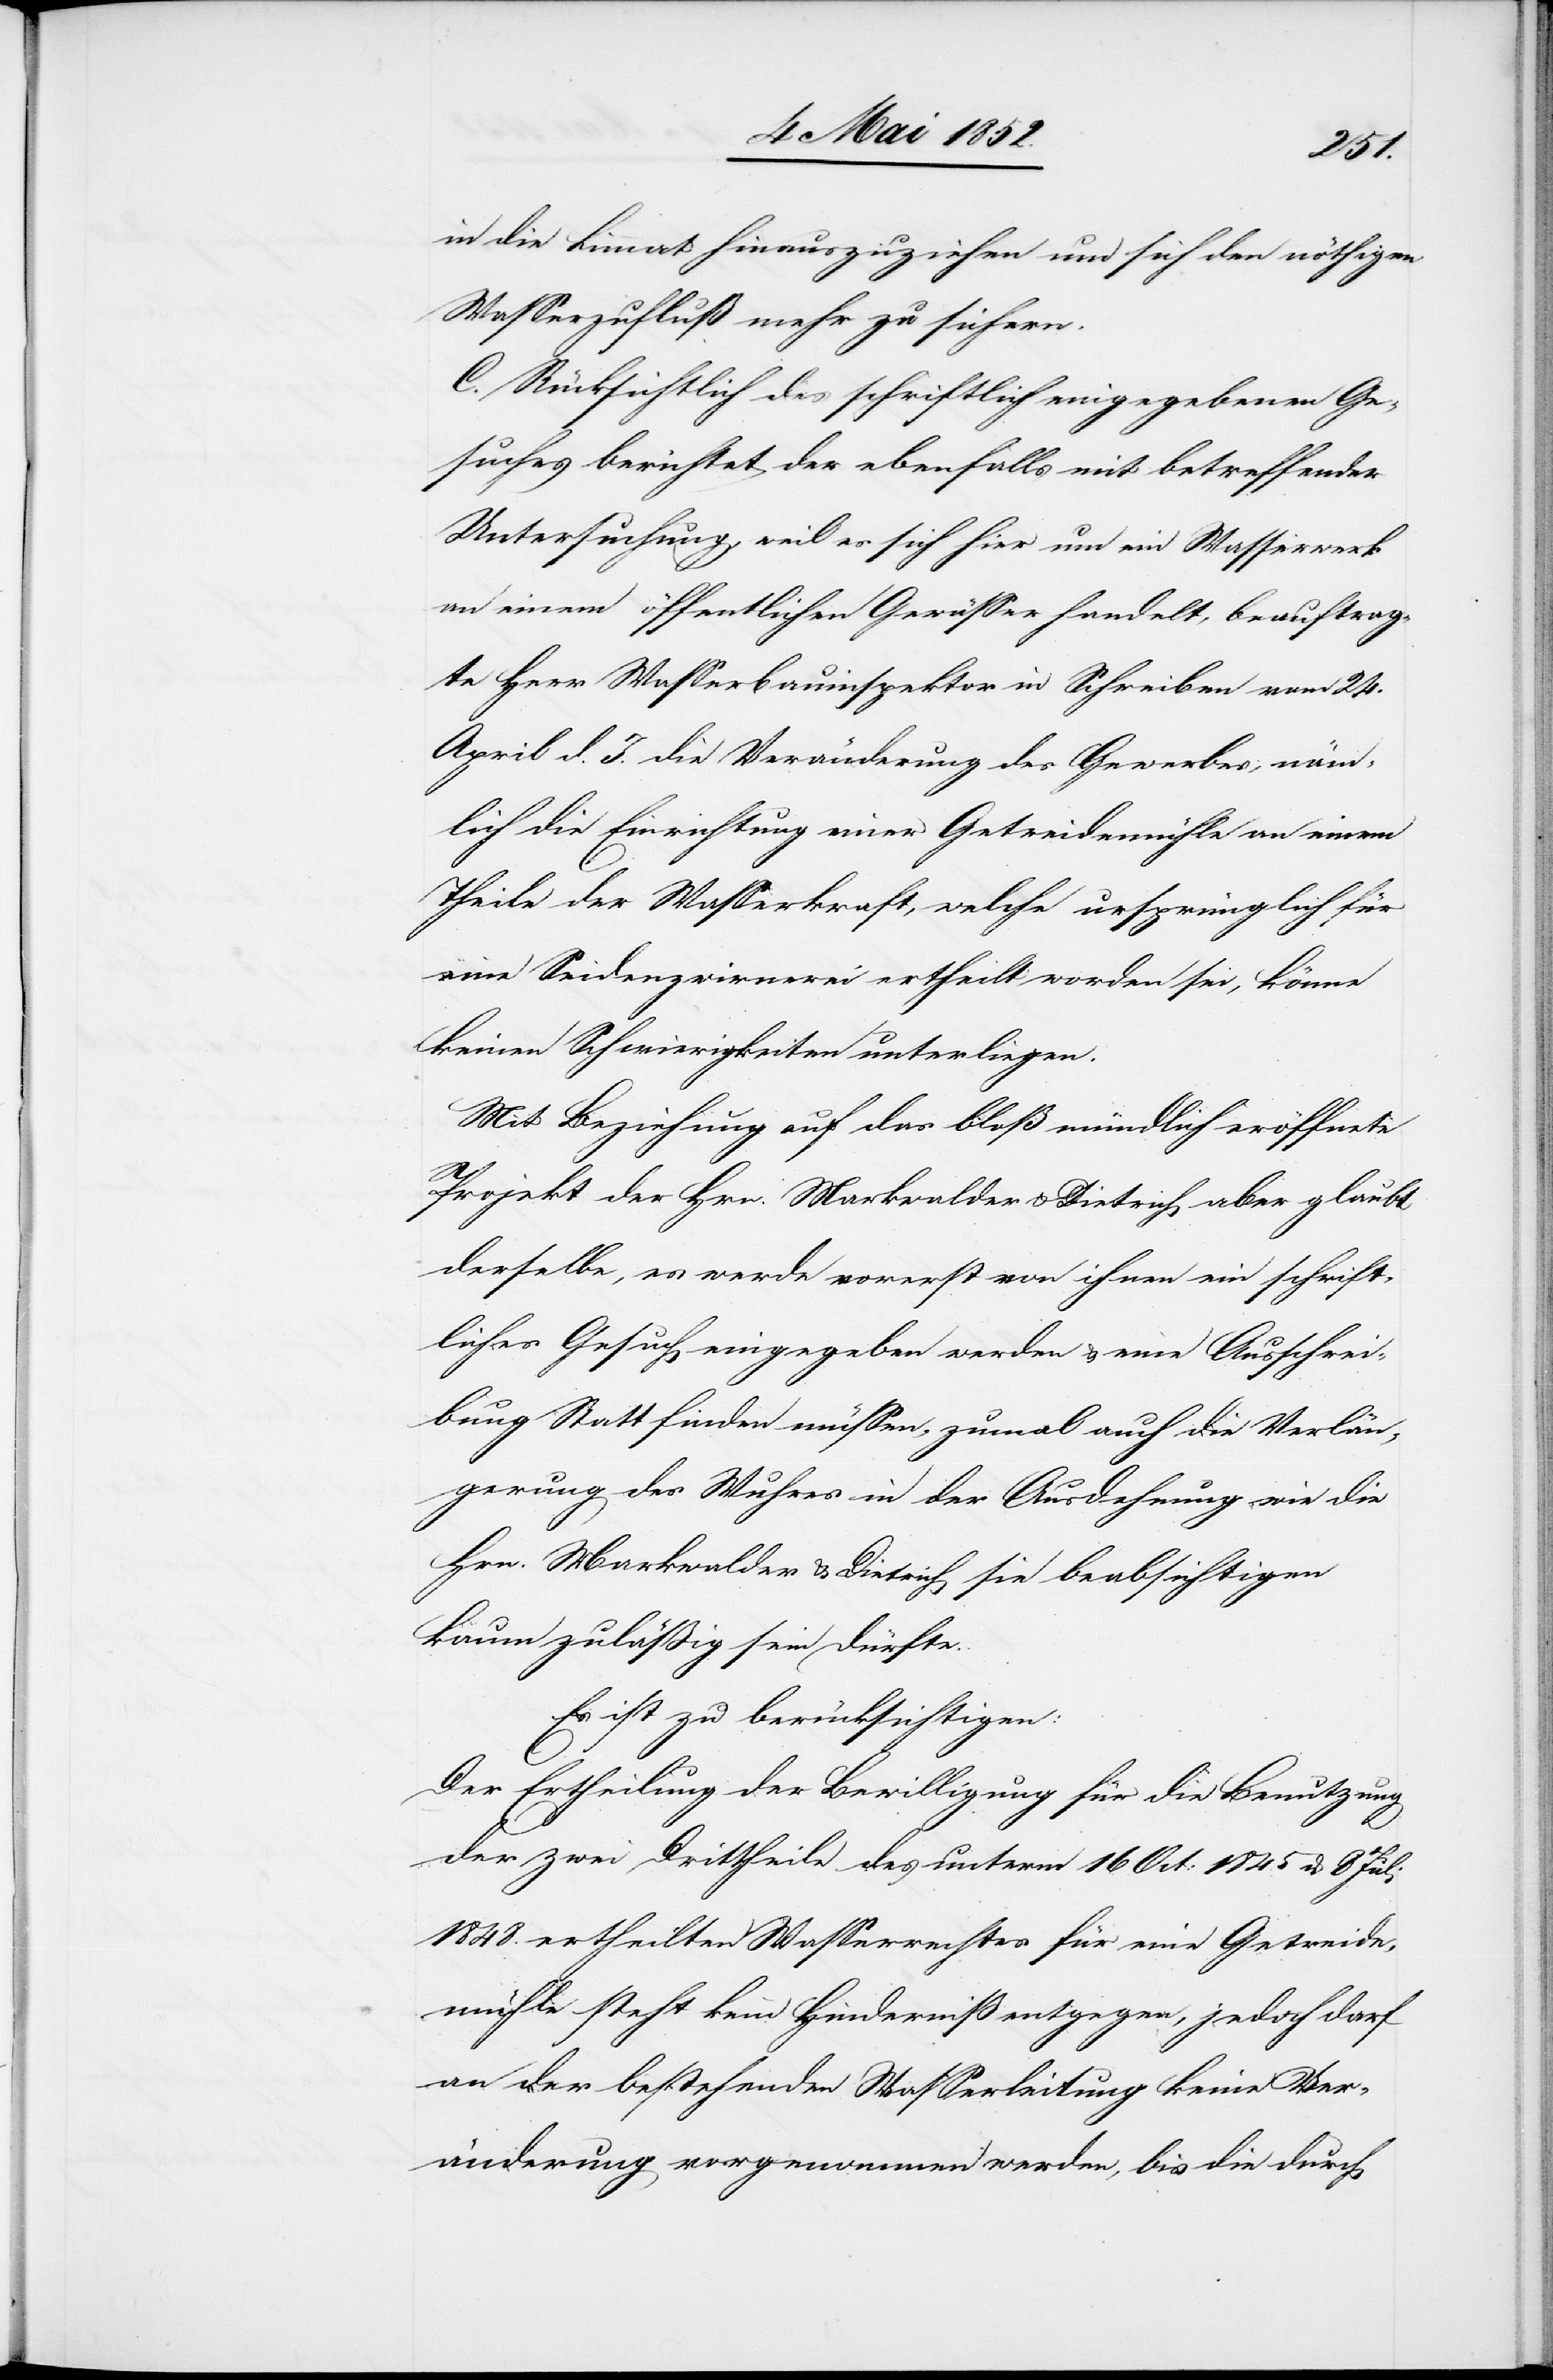
in die Limmat hinauszuziehen um sich den nöthigen
Wasserzufluß mehr zu sichern.
C. Rücksichtlich des schriftlich eingegebenen Ge¬
suches berichtet der ebenfalls mit betreffender
Untersuchung, weil es sich hier um ein Wasserwerk
an einem öffentlichen Gewässer handelt, beauftrag¬
te Herr Wasserbauinspektor in Schreiben vom 24.
April d. J. die Veränderung des Gewerbes, näm¬
lich die Einrichtung einer Getreidemühle an einem
Theile der Wasserkraft, welche ursprünglich für
eine Seidenzwirnerei ertheilt worden sei, könne
keinen Schwierigkeiten unterliegen.
Mit Beziehung auf das bloß mündlich eröffnete
Projekt der Hrn. Markwalder & Dietrich aber glaubt
derselbe, es werde vorerst von ihnen ein schrift¬
liches Gesuch eingegeben werden & eine Ausschrei¬
bung Statt finden müssen, zumal auch die Verlän¬
gerung des Wuhres in der Ausdehnung wie die
Hrn. Markwalder & Dietrich sie beabsichtigen
kaum zulässig sein dürfte.
Es ist zu berücksichtigen:
Der Ertheilung der Bewilligung für die Benutzung
der zwei Drittheile des unterm 16 Oct: 1845 & 8 Juli
1848. ertheilten Wasserrechts für eine Getreide¬
mühle steht kein Hinderniß entgegen, jedoch darf
an der bestehenden Wasserleitung keine Ver¬
änderung vorgenommen werden, bis die durch